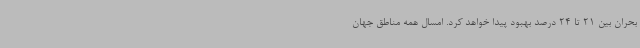
بحران بین 21 تا 24 درصد بهبود پیدا خواهد کرد. امسال همه مناطق جهان